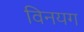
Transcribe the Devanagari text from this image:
विनयग